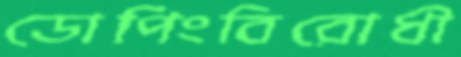
ডোপিংবিরোধী